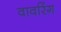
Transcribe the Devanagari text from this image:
वावरिंग